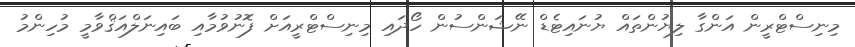
މިނިސްޓްރީން އަންގާ ލިޔުންތައް ޔުނައިޓެޑް ނޭޝަންސުން ހޯދައި މިނިސްޓްރީއަށް ފޮނުވުމާއި ބައިނަލްއަޤްވާމީ މުހިންމު